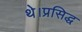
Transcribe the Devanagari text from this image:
थे।प्रसिद्ध